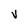
Character: V